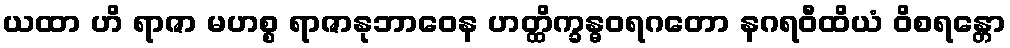
ယထာ ဟိ ရာဇာ မဟစ္စ ရာဇာနုဘာဝေန ဟတ္ထိက္ခန္ဓဝရဂတော နဂရဝီထိယံ ဝိစရန္တော